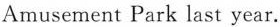
Amusement Park last year.